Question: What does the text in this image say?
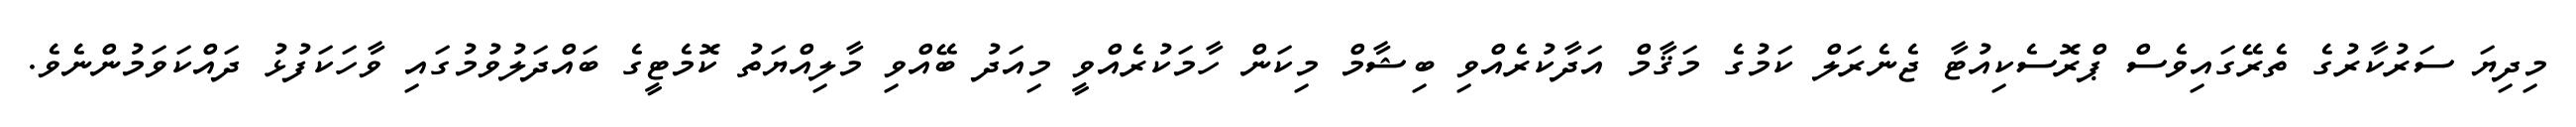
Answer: މިދިޔަ ސަރުކާރުގެ ތެރޭގައިވެސް ޕްރޮސެކިއުޓާ ޖެނެރަލް ކަމުގެ މަޤާމް އަދާކުރެއްވި ބިޝާމް މިކަން ހާމަކުރެއްވީ މިއަދު ބޭއްވި މާލިއްޔަތު ކޮމެޓީގެ ބައްދަލުވުމުގައި ވާހަކަފުޅު ދައްކަވަމުންނެވެ.